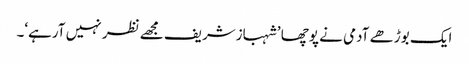
ایک بوڑھے آدمی نے پوچھا ’شہبازشریف مجھے نظر نہیں آرہے‘۔